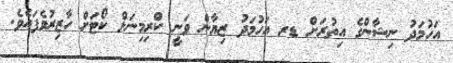
އަހުމަދު ނިޝާންގެ އިތުރަށް ޑރ އަހުމަދު ޒިޔާން ވަނީ ކްރިމިނަލް ކޯޓަށް ހާޒިރުވެފައެވެ.